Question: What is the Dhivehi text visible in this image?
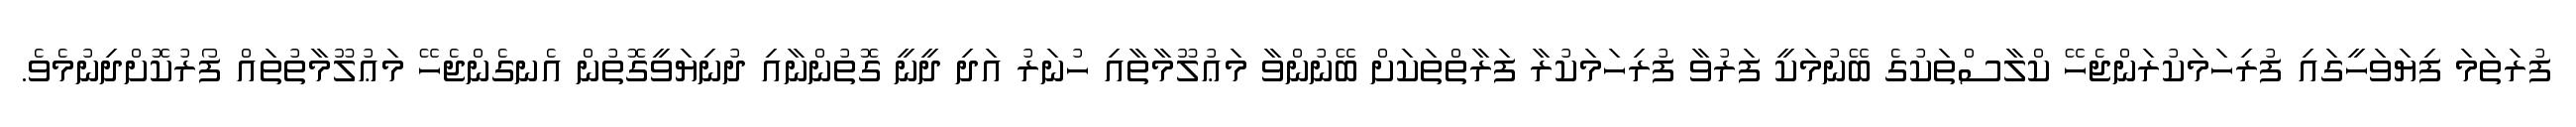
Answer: ފުރަތަމަ ފިޔަވަހީގައި ފުރިހަމަކުރަންޖެހޭ ކްލާސްތަކުގެ ބޭނުމަކީ ފަރުވާ ފުރިހަމަކުރާ ފަރާތްތަކަށް ބޭނުންވާ މަޢުލޫމާތާއި ހުނަރު އަދި ދީނީ ގޮތުންނާއި ދުނިޔަވީގޮތުން އެނގެންޖެހޭ މަޢުލޫމާތުތައް ފޯރުކޮށްދިނުމެވެ.